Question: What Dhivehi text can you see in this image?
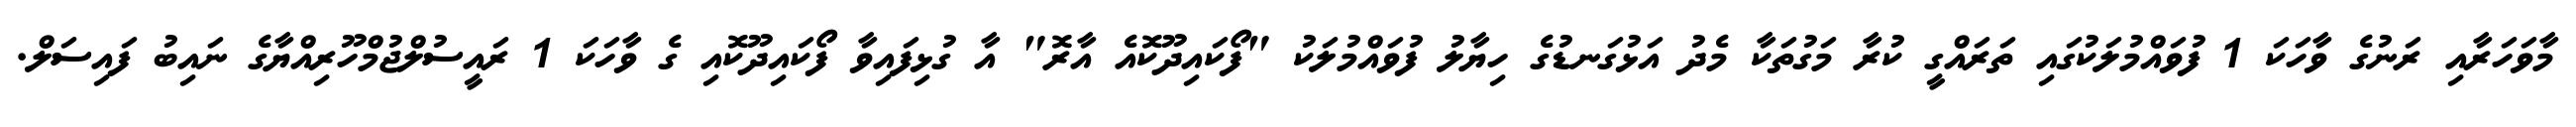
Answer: މާވަހަރާއި ރަނުގެ ވާހަކަ 1 ފުވައްމުލަކުގައި ތަރައްގީ ކުރާ މަގުތަކާ މެދު އަޅުގަނޑުގެ ހިޔާލު ފުވައްމުލަކު "ފޯކައިދޫކޮއެ އާރޮ" އާ ގުޅިފައިވާ ފޯކައިދޫކޮއި ގެ ވާހަކަ 1 ރައީސުލްޖުމްހޫރިއްޔާގެ ނައިބު ފައިސަލް.